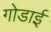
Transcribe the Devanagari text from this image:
गोडाई